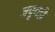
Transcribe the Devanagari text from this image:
जपूनही